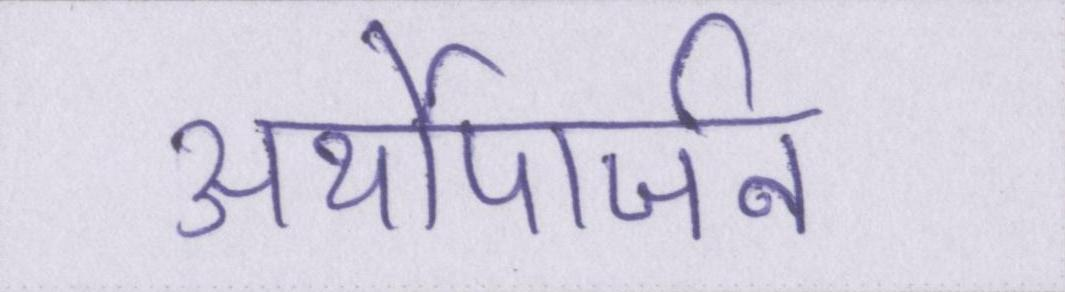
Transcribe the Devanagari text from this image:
अर्थोपार्जन